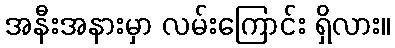
အနီးအနားမှာ လမ်းကြောင်း ရှိလား။